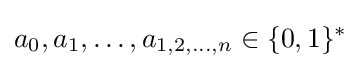
a_{0},a_{1},\ldots ,a_{1,2,\ldots ,n}\in \{0,1\}^{*}